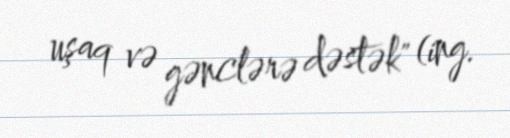
uşaq və gənclərə dəstək" (ing.